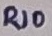
Text: R10